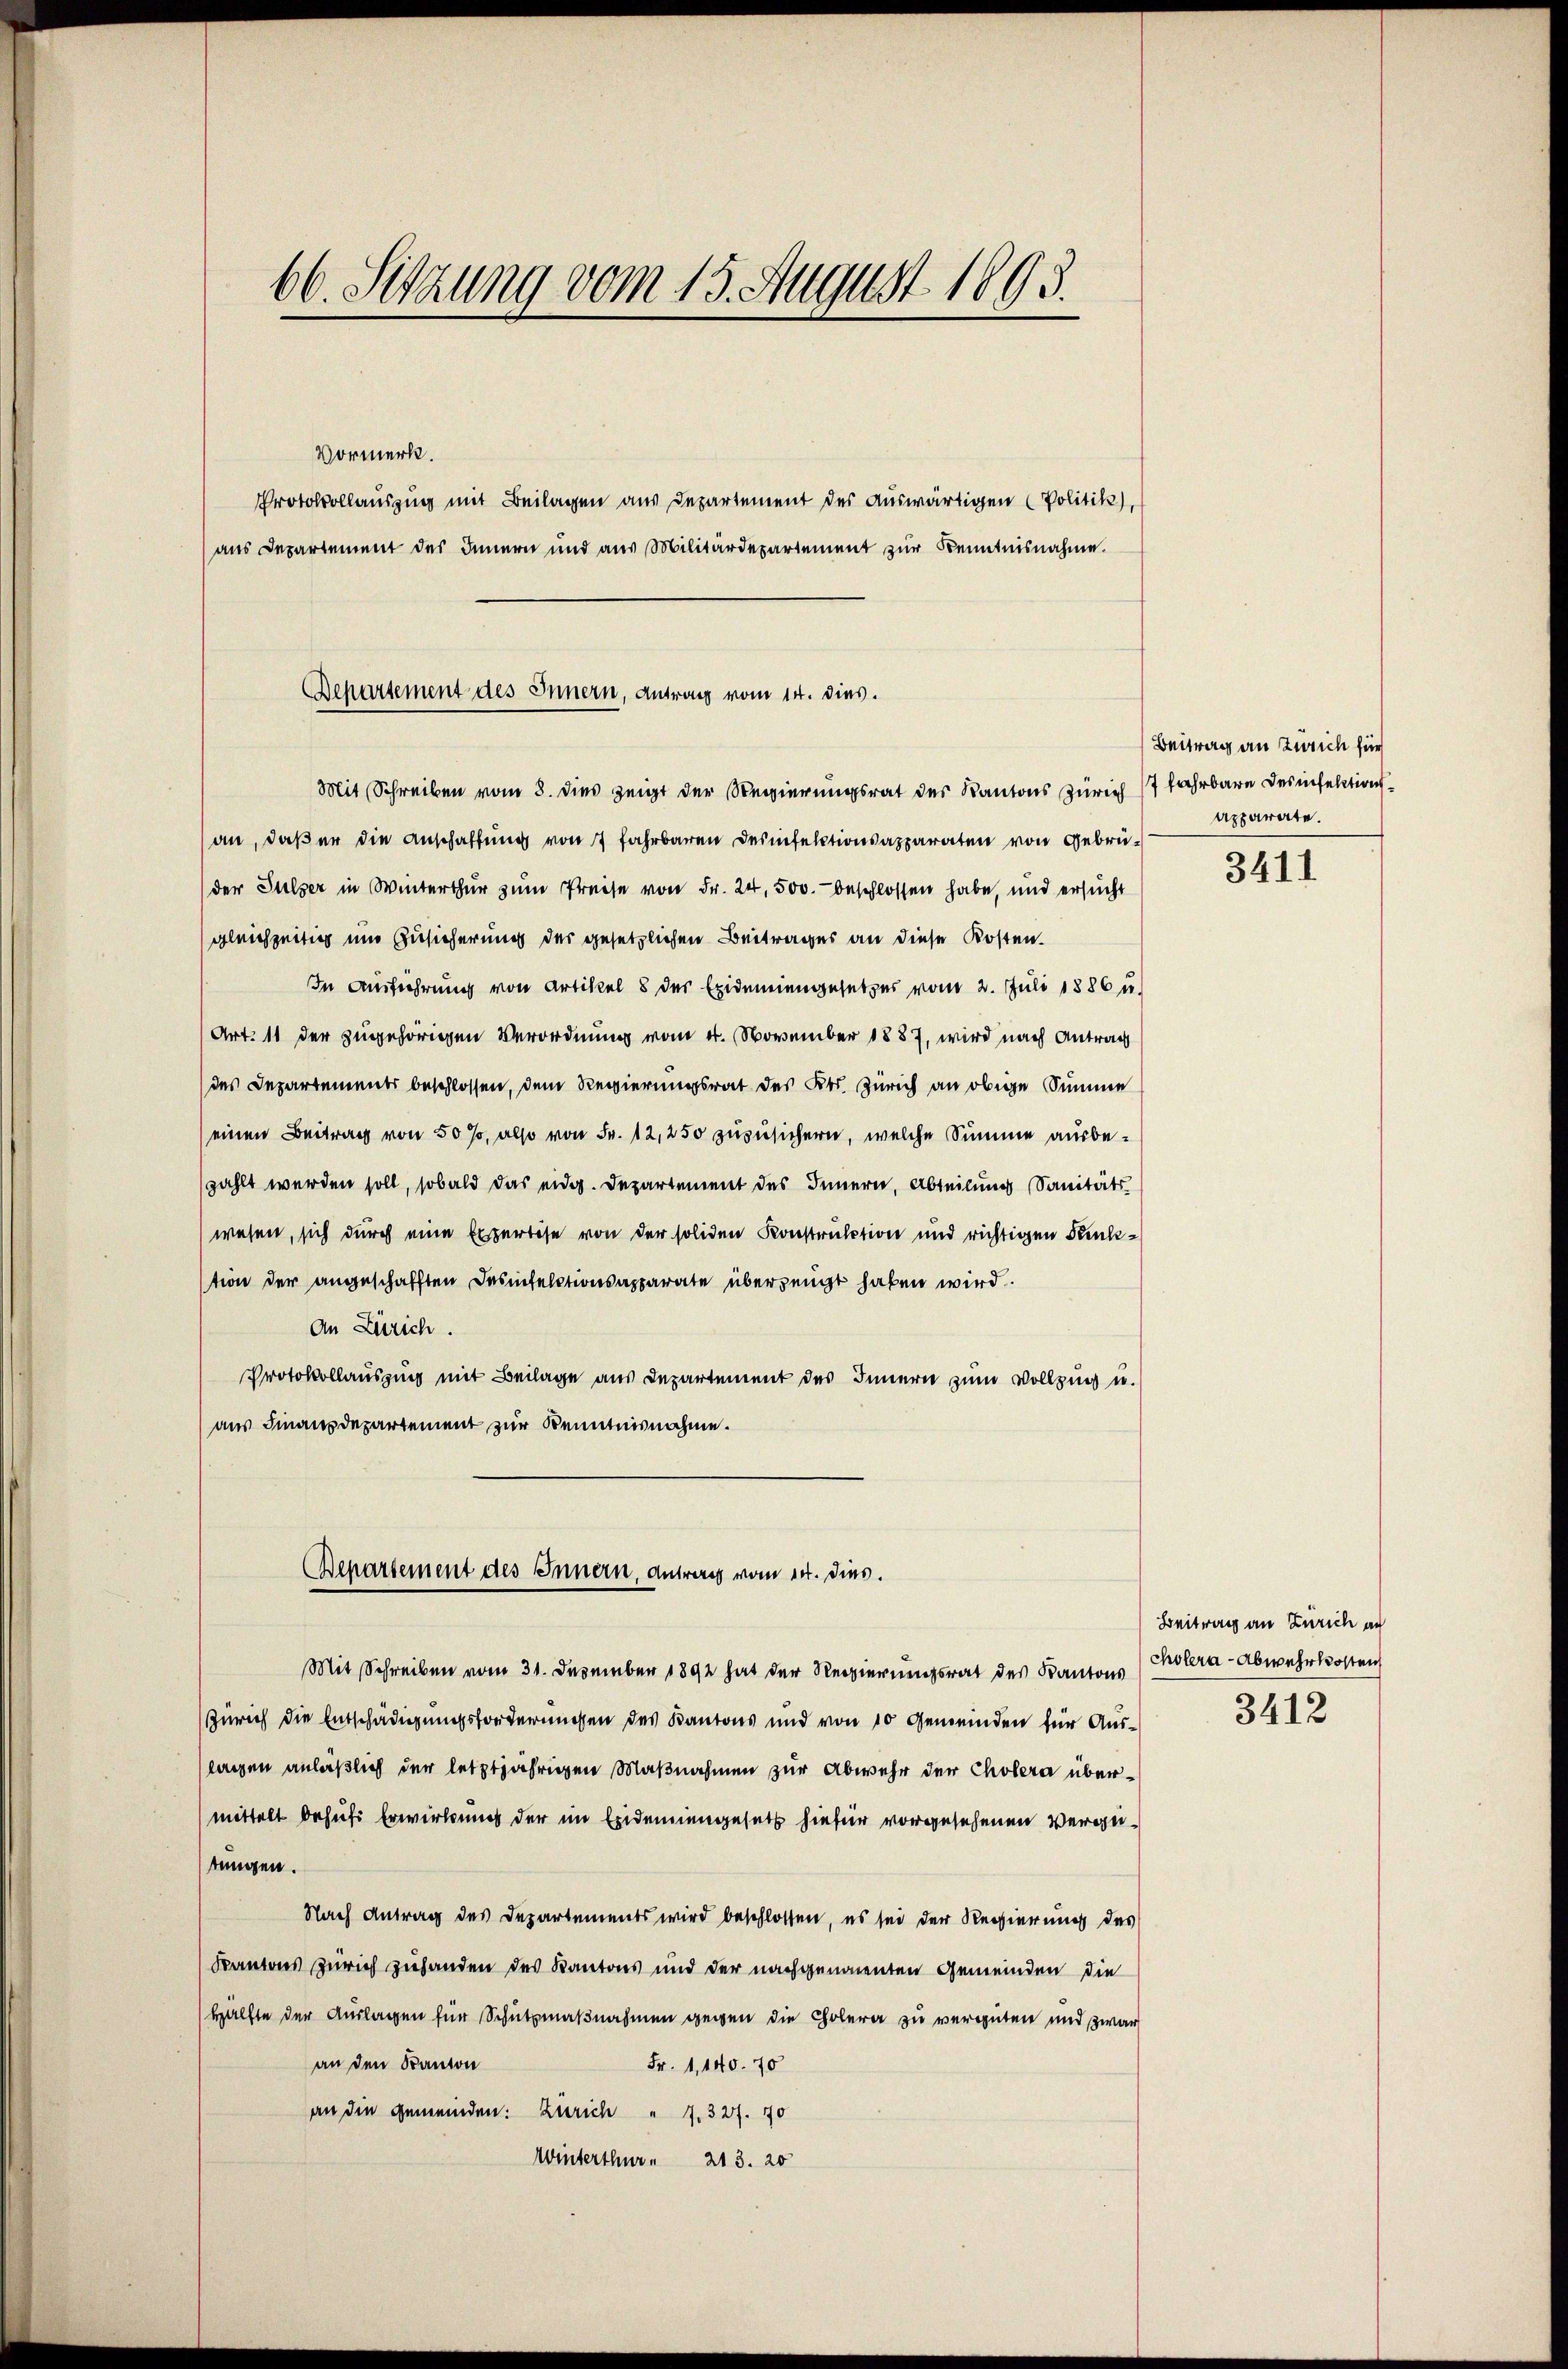
66. Setzung vom 15. August 1893.

Vormerk.
Protokollauszug mit Beilagen aus Departement des auswärtigen (Politik),
aus Departement des Innern und aus Militärdepartement zur Kenntnisnahme.

Bepartement des Innern, Antrag vom 14. dies.
Mit Schreiben vom 8. dies zeigt der Regierungsrat des Kantons Zürich 17 Jahrbare Desinfektions¬

an, daß er die Anschaffung von 7 fahrbaren Desinfektionsapparaten von Gebrüder Sulzer in Winterthur zum Preise von Fr. 24, 500. beschlossen habe, und ersucht
gleichzeitig um Zusicherung der gesetzlichen Beitrages an diese Kosten¬
In Ausführung von Artikel 8 der Epidemiengesetzes vom 2. Juli 1886 u.
Art. 11 der zugehörigen Verordnung vom 4. November 1887, wird nach Antrag
des Departements beschlossen, dem Regierungsrat des Kts. Zürich an obige Summe
einen Beitrag von 50 %, also von Fr. 12,250 zuzusichern, welche Summe ausbezahlt werden soll, sobald das eidg. Departement des Innern, Abteilung Sanitäts
wesen, sich durch eine Expertise von der soliden Konstruktion und richtigen Funktion der angeschafften Desinfelstionsapparate überzeugt haben wird.
An Zürich.
Protokollauszung mit Beilage aus Departement des Innern zum Vollzung u.
(aus Finanzdepartement zur Kenntnisnahme.
Repartement des Innern, Antrag vom 14. dies.
Mit Schreiben vom 31. Dezember 1892 hat der Regierungsrat des Kantons (Colera-Abwehrkosten
Zürich die Entschädigungsforderungen des Kantons und von 10 Gemeinden für Auslagen anläßlich der letztjährigen Maßnahmen zur Abwehr der Cholera übermittelt behufs Erwirkung der im Eidenengesetz hiefür vorgesehenen Vergetungen.
Nach Antrag des Departements wird beschlossen, es sei der Regierung des
Kantons Zürich zuhanden des Kantons und der nachgenomenten Gemeinden die
Hälfte der Auslagen für Schutzmaßnahmen gegen die Cholera zu vergüten und zwar
an den Kanton
Fr. 1, 140. 70
an die gemeinden: Zürich " 7. 327. 70
Winterthur. 213. 20

Beitrag an Zürich für
apparate.

3411

Beitrag an Zürich an

3412